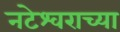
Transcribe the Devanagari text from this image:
नटेश्वराच्या